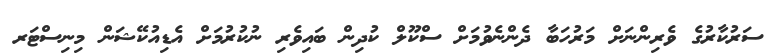
ސަރުކާރުގެ ވެރިންނަށް މަރުހަބާ ދެންނެވުމަށް ސްކޫލް ކުދިން ބައިވެރި ނުކުރުމަށް އެޑިއުކޭޝަން މިނިސްޓަރ